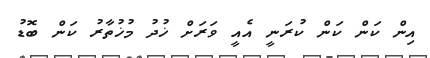
އިން ކަން ކަން ކުރަނީ އެއީ ވަރަށް ޚުދު މުޚުތާރު ކަން ބޮޑު